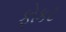
ફોકટ